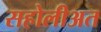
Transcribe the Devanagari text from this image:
सहोलीअत